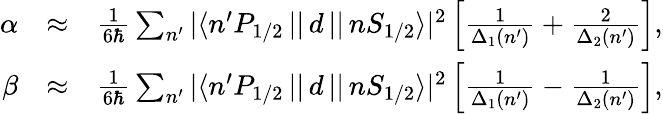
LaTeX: \begin{array}{rlr}{\alpha}&{\approx}&{\frac{1}{6\hbar}\sum_{n^{\prime}}{|\langle n^{\prime}P_{1/2}\, ||\, d\, ||\, nS_{1/2}\rangle|^{2}}\left[\frac{1}{\Delta_{1}(n^{\prime})}+\frac{2}{\Delta_{2}(n^{\prime})}\right],}\\ {\beta}&{\approx}&{\frac{1}{6\hbar}\sum_{n^{\prime}}{|\langle n^{\prime}P_{1/2}\, ||\, d\, ||\, nS_{1/2}\rangle|^{2}}\left[\frac{1}{\Delta_{1}(n^{\prime})}-\frac{1}{\Delta_{2}(n^{\prime})}\right],}\end{array}